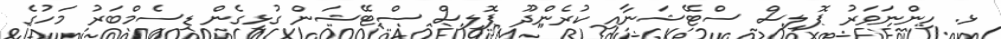
ޅ. ހިންނަވަރު ޕޮލިސް ސްޓޭޝަނާއި ކުރެންދޫ ޕޮލިސް ސްޓޭޝަން ގުޅިގެން ޑިސެމްބަރު މަހުގެ